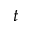
t